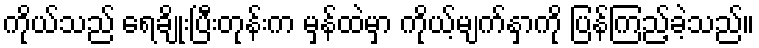
ကိုယ်သည် ရေချိုးပြီးတုန်းက မှန်ထဲမှာ ကိုယ့်မျက်နှာကို ပြန်ကြည့်ခဲ့သည်။